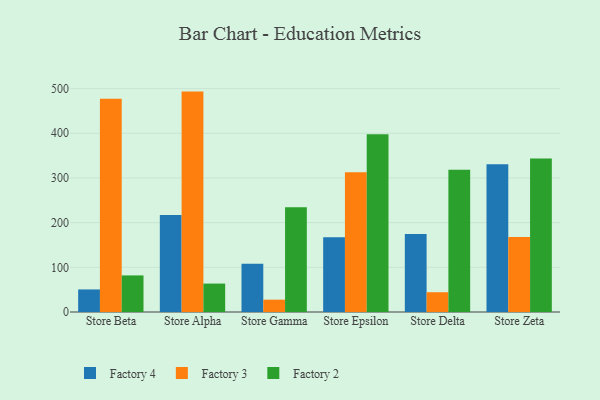
{"axis": {"x": "Store", "y": "Gross Profit (USD K)"}, "legend": ["Factory 2", "Factory 3", "Factory 4"], "data": [{"x": "Store Beta", "y": 50.5, "type": "Factory 4"}, {"x": "Store Beta", "y": 477.4, "type": "Factory 3"}, {"x": "Store Beta", "y": 81.9, "type": "Factory 2"}, {"x": "Store Alpha", "y": 217.3, "type": "Factory 4"}, {"x": "Store Alpha", "y": 493.3, "type": "Factory 3"}, {"x": "Store Alpha", "y": 63.6, "type": "Factory 2"}, {"x": "Store Gamma", "y": 108.1, "type": "Factory 4"}, {"x": "Store Gamma", "y": 27.6, "type": "Factory 3"}, {"x": "Store Gamma", "y": 234.3, "type": "Factory 2"}, {"x": "Store Epsilon", "y": 167.3, "type": "Factory 4"}, {"x": "Store Epsilon", "y": 312.9, "type": "Factory 3"}, {"x": "Store Epsilon", "y": 398.0, "type": "Factory 2"}, {"x": "Store Delta", "y": 174.7, "type": "Factory 4"}, {"x": "Store Delta", "y": 44.3, "type": "Factory 3"}, {"x": "Store Delta", "y": 318.5, "type": "Factory 2"}, {"x": "Store Zeta", "y": 330.6, "type": "Factory 4"}, {"x": "Store Zeta", "y": 168.1, "type": "Factory 3"}, {"x": "Store Zeta", "y": 343.4, "type": "Factory 2"}]}